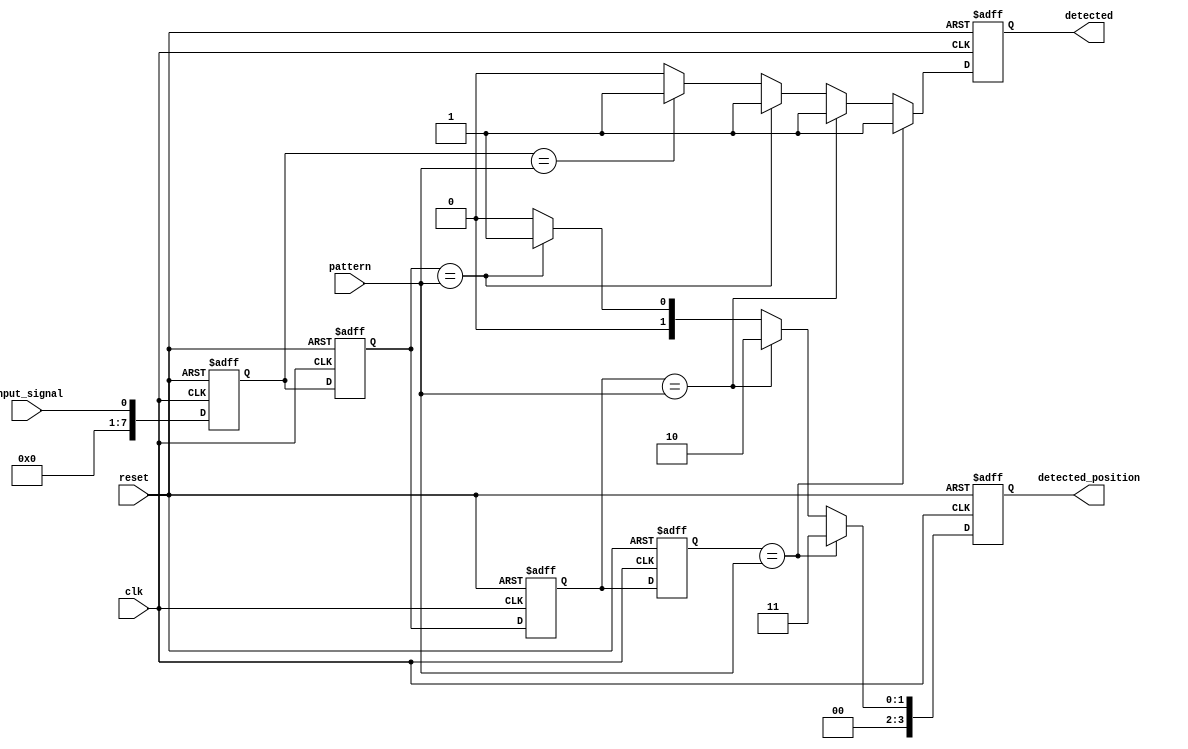
module MemoryBlocksSamplingDelayLineDetector #(
    parameter DATA_WIDTH = 8,          // Width of the input signal
    parameter NUM_BLOCKS = 4,          // Number of memory blocks (delay line length)
    parameter PATTERN_WIDTH = 8         // Width of the pattern to detect
)(
    input wire clk,                     // Sampling clock
    input wire reset,                   // Reset signal
    input wire input_signal,            // Input signal to be monitored
    input wire [PATTERN_WIDTH-1:0] pattern, // Pattern to detect
    output reg detected,                // Detection output signal
    output reg [NUM_BLOCKS-1:0] detected_position // Position of the detected pattern
);

    // Memory blocks (shift registers)
    reg [DATA_WIDTH-1:0] memory [0:NUM_BLOCKS-1];

    // Sampling mechanism
    integer i;

    always @(posedge clk or posedge reset) begin
        if (reset) begin
            // Reset memory blocks and output signals
            for (i = 0; i < NUM_BLOCKS; i = i + 1) begin
                memory[i] <= 0;
            end
            detected <= 0;
            detected_position <= 0;
        end else begin
            // Shift the memory blocks
            for (i = NUM_BLOCKS-1; i > 0; i = i - 1) begin
                memory[i] <= memory[i-1];
            end
            // Sample the input signal into the first memory block
            memory[0] <= input_signal;

            // Pattern detection logic
            detected <= 0; // Reset detection signal
            detected_position <= 0; // Reset position signal
            for (i = 0; i < NUM_BLOCKS; i = i + 1) begin
                if (memory[i] == pattern) begin
                    detected <= 1; // Pattern detected
                    detected_position <= i; // Store position of detected pattern
                end
            end
        end
    end

endmodule